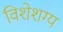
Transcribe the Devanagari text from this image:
विशेशग्य